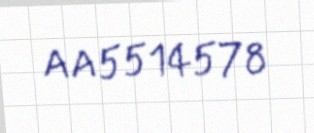
AA5514578